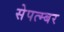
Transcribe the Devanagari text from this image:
सेपत्म्बर